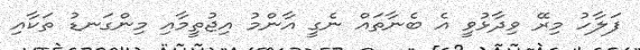
ފަލާހު މިރޭ ވިދާޅުވީ އެ ބެނާތައް ނެގީ އާންމު އިޖުތީމާއި މިންގަނޑު ތަކާއި